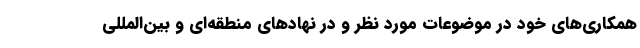
همکاری‌های خود در موضوعات مورد نظر و در نهادهای منطقه‌ای و بین‌المللی